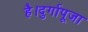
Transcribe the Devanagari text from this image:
है।दुर्गापूजा